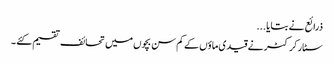
ذرائع نے بتایا ...
سٹار کرکٹر نے قیدی ماؤں کے کم سن بچوں میں تحائف تقسیم کئے ۔